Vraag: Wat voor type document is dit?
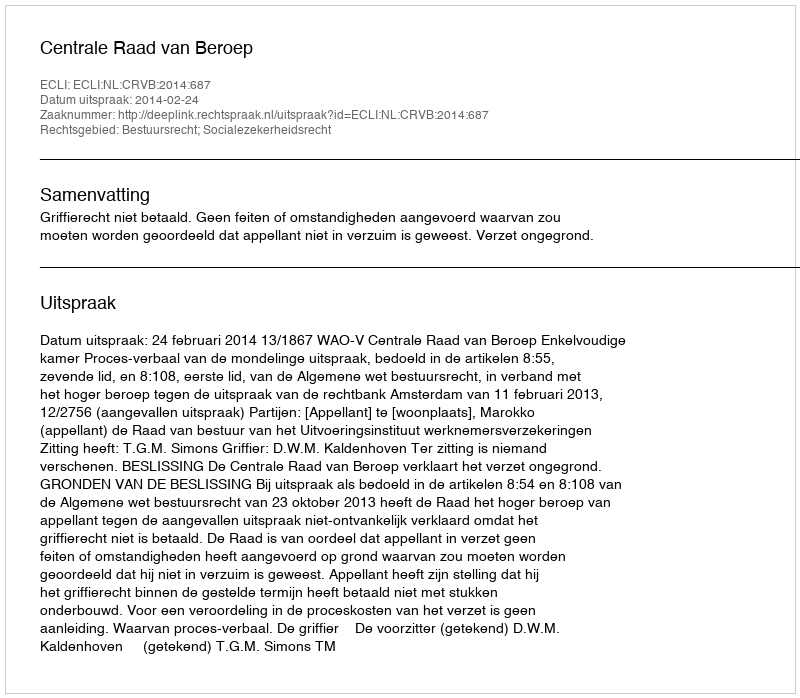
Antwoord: Uitspraak